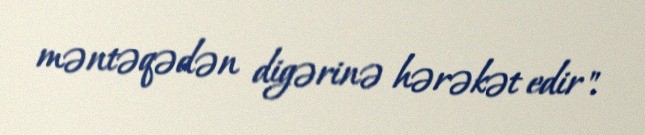
məntəqədən digərinə hərəkət edir".